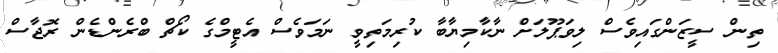
ތިން ސީޒަންގައިވެސް ލިވަޕޫލަށް ނާކާމިޔާބާ ކުރިމަތިވީ ނަމަވެސް އެޓީމްގެ ކޯޗް ބްރެންޑެން ރޮޖާސް